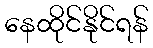
နေထိုင်နိုင်ရန်